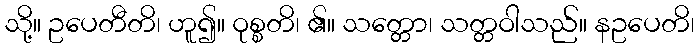
သို့။ ဥပေတီတိ၊ ဟူ၍။ ဝုစ္စတိ၊ ၏။ သတ္တော၊ သတ္တဝါသည်။ နဥပေတိ၊